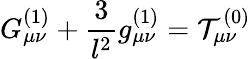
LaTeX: G_{\mu\nu}^{(1)}+\frac{3}{l^{2}}g_{\mu\nu}^{(1)}={\cal T}_{\mu\nu}^{(0)}